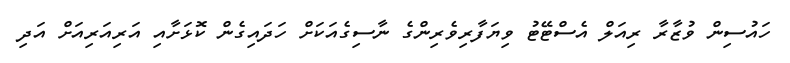
ހައުސިން ވުޒާރާ ރިއަލް އެސްޓޭޓު ވިޔަފާރިވެރިންގެ ނާސިގެއަކަށް ހަދައިގެން ކޮޅަށާއި އަރިއަރިއަށް އަދި